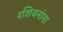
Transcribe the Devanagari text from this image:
रशियनांना